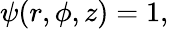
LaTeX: \begin{array}{r}{\psi(r,\phi,z)=1,}\end{array}